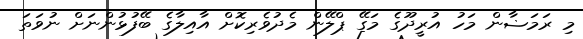
މި ރަމަޟާން މަހު އުރީދޫގެ މަގޭ ޕްލޭން މެދުވެރިކޮށް އާއިލާގެ ބޭފުޅުންނަށް ނުވަތަ